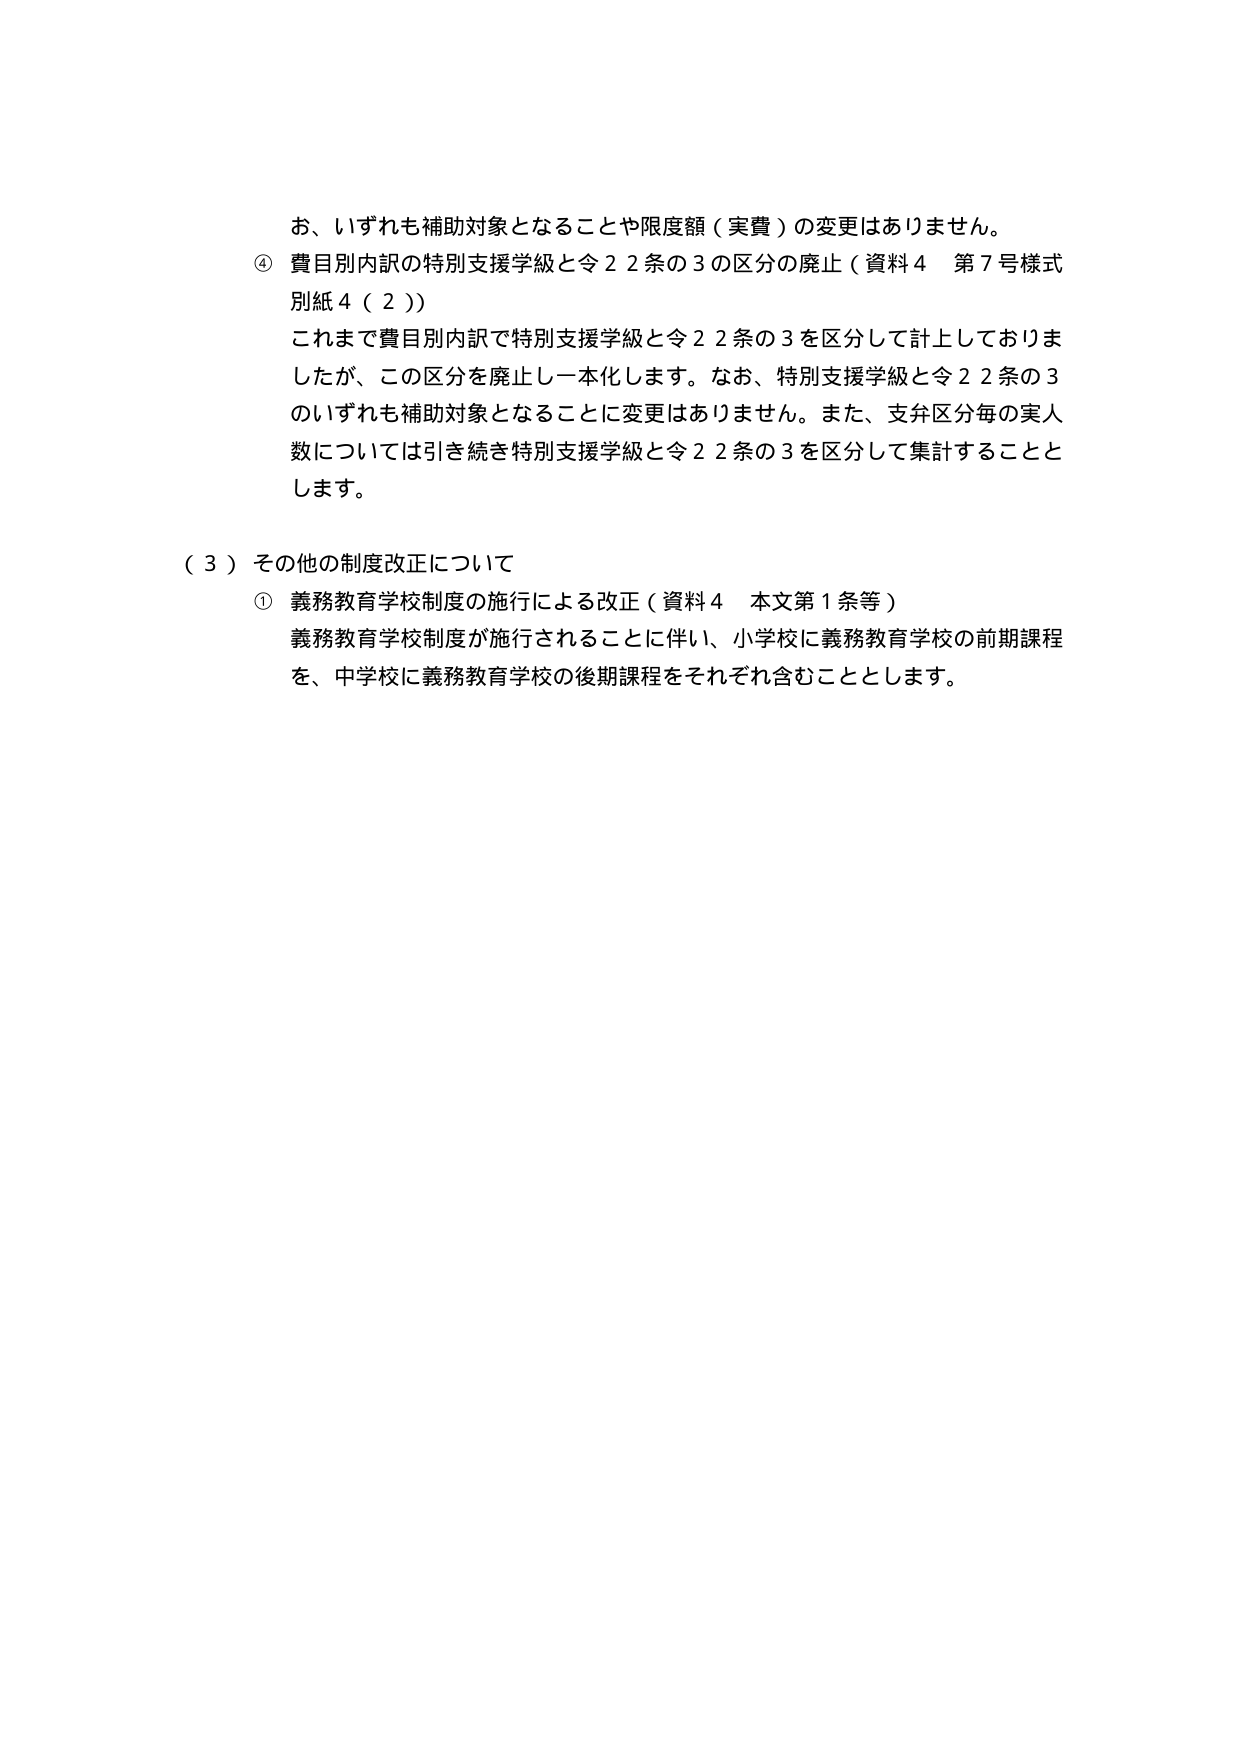
お、いずれも補助対象となることや限度額（実費）の変更はありません。

④ 費目別内訳の特別支援学級と令２２条の３の区分の廃止（資料４ 第７号様式 別紙４（２））
これまで費目別内訳で特別支援学級と令２２条の３を区分して計上しておりましたが、この区分を廃止し一本化します。なお、特別支援学級と令２２条の３のいずれも補助対象となることに変更はありません。また、支弁区分毎の実人数については引き続き特別支援学級と令２２条の３を区分して集計することとします。

（３）その他の制度改正について
① 義務教育学校制度の施行による改正（資料４ 本文第１条等）
義務教育学校制度が施行されることに伴い、小学校に義務教育学校の前期課程を、中学校に義務教育学校の後期課程をそれぞれ含むこととします。